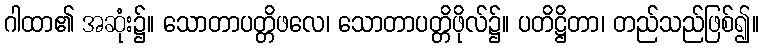
ဂါထာ၏ အဆုံး၌။ သောတာပတ္တိဖလေ၊ သောတာပတ္တိဖိုလ်၌။ ပတိဋ္ဌိတာ၊ တည်သည်ဖြစ်၍။